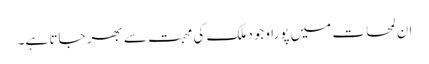
ان لمحات میں پورا وجود ملک کی محبت سے بھر جاتا ہے۔